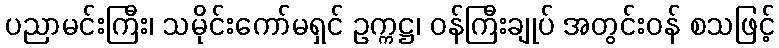
ပညာမင်းကြီး၊ သမိုင်းကော်မရှင် ဥက္ကဋ္ဌ၊ ဝန်ကြီးချုပ် အတွင်းဝန် စသဖြင့်